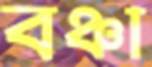
বঞ্চা